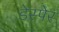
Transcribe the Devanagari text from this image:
डेस्पेर